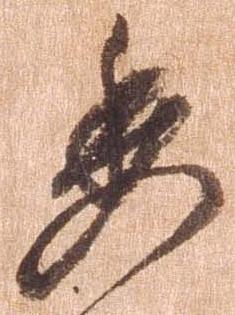
委